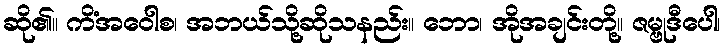
ဆို၏။ ကိံအဝေါစ၊ အဘယ်သို့ဆိုသနည်း။ ဘော၊ အိုအချင်းတို့။ ဇမ္ဗုဒီပေါ၊